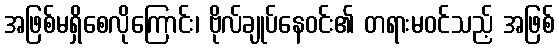
အဖြစ်မရှိစေလိုကြောင်း၊ ဗိုလ်ချုပ်နေဝင်း၏ တရားမဝင်သည့် အဖြစ်